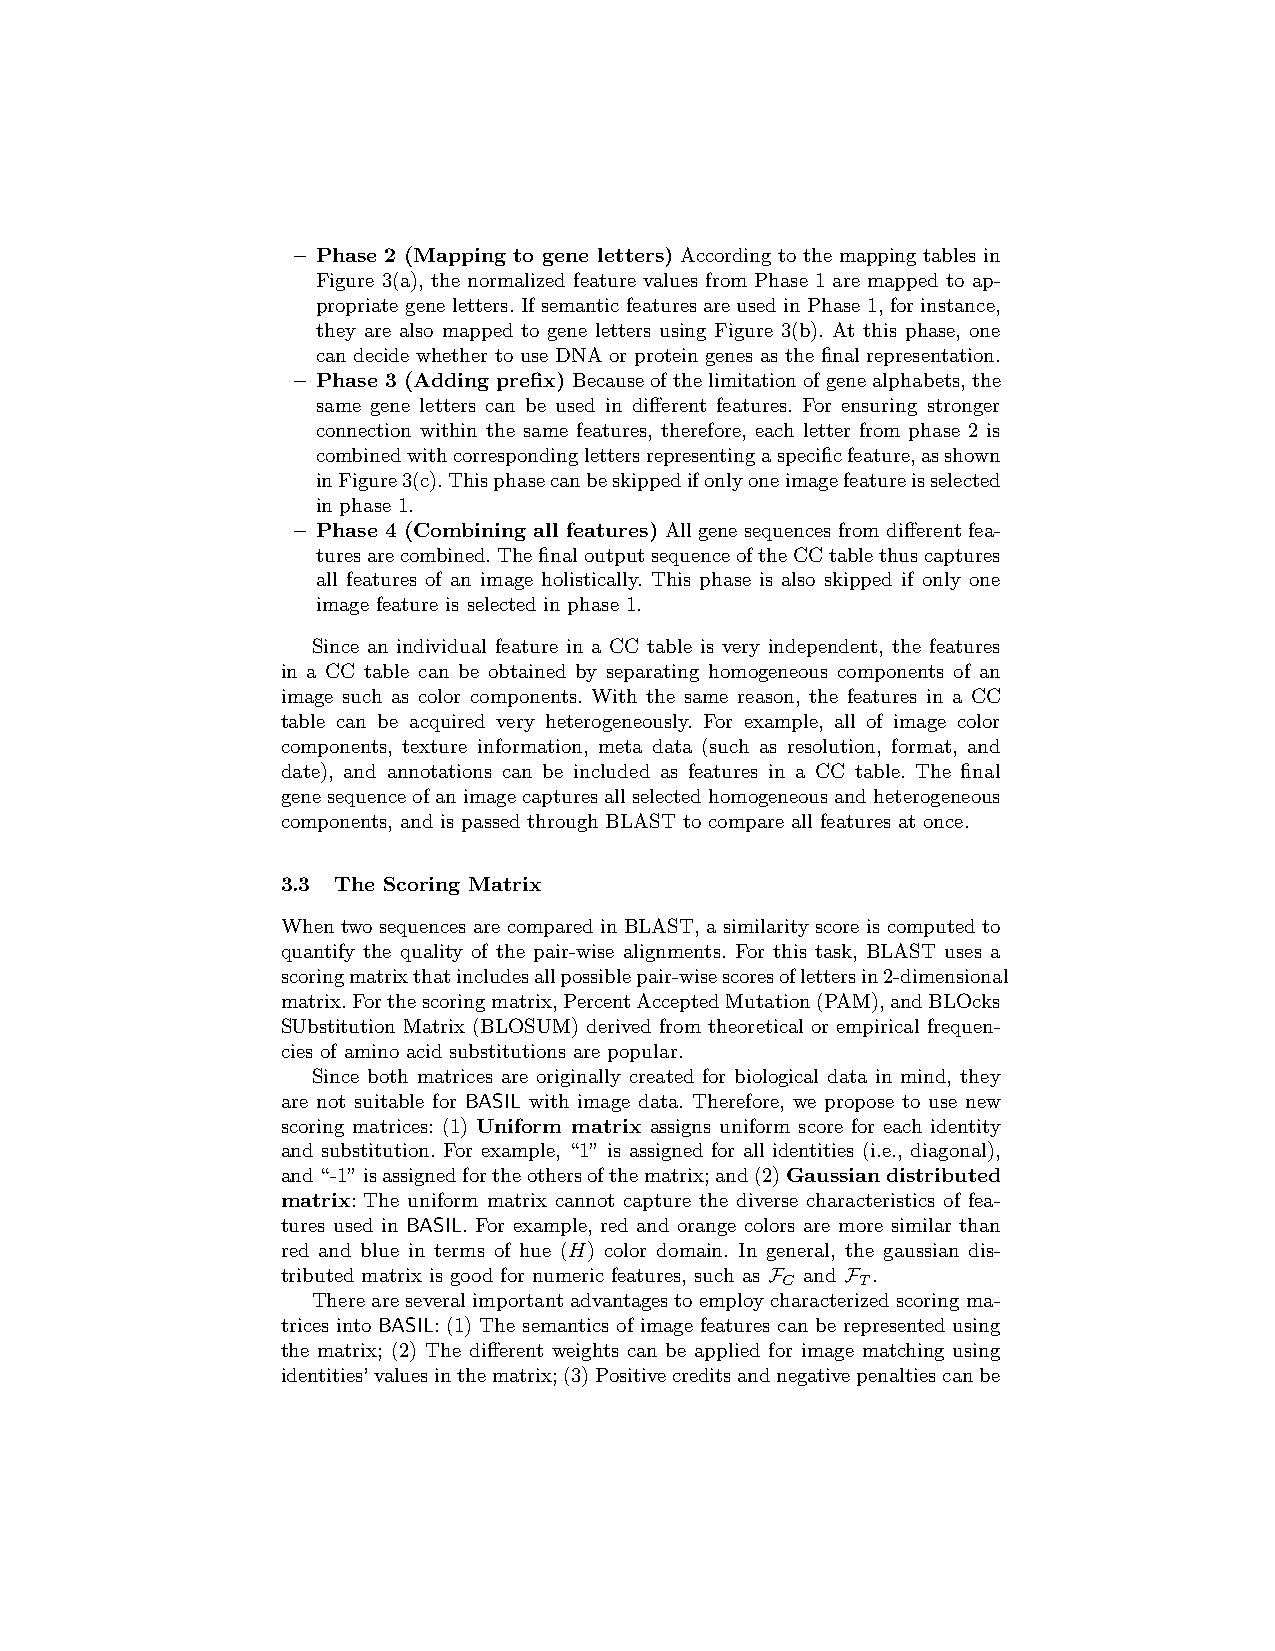
– Phase 2 (Mapping to gene letters) According to the mapping tables in
 Figure 3(a), the normalized feature values from Phase 1 are mapped to ap-
 propriate gene letters. If semantic features are used in Phase 1, for instance,
 they are also mapped to gene letters using Figure 3(b). At this phase, one
 can decide whether to use DNA or protein genes as the final representation.
 – Phase 3 (Adding prefix)Becauseofthelimitationofgenealphabets,the
 same gene letters can be used in different features. For ensuring stronger
 connection within the same features, therefore, each letter from phase 2 is
 combinedwithcorrespondinglettersrepresentingaspecificfeature,asshown
 inFigure3(c).Thisphasecanbeskippedifonlyoneimagefeatureisselected
 in phase 1.
 – Phase 4 (Combining all features) All gene sequences from different fea-
 turesarecombined.ThefinaloutputsequenceoftheCCtablethuscaptures
 all features of an image holistically. This phase is also skipped if only one
 image feature is selected in phase 1.
 Since an individual feature in a CC table is very independent, the features
 in a CC table can be obtained by separating homogeneous components of an
 image such as color components. With the same reason, the features in a CC
 table can be acquired very heterogeneously. For example, all of image color
 components, texture information, meta data (such as resolution, format, and
 date), and annotations can be included as features in a CC table. The final
 genesequenceofanimagecapturesallselectedhomogeneousandheterogeneous
 components, and is passed through BLAST to compare all features at once.
 3.3 The Scoring Matrix
 When two sequences are compared in BLAST, a similarity score is computed to
 quantify the quality of the pair-wise alignments. For this task, BLAST uses a
 scoringmatrixthatincludesallpossiblepair-wisescoresoflettersin2-dimensional
 matrix.Forthescoringmatrix,PercentAcceptedMutation(PAM),andBLOcks
 SUbstitution Matrix (BLOSUM) derived from theoretical or empirical frequen-
 cies of amino acid substitutions are popular.
 Since both matrices are originally created for biological data in mind, they
 are not suitable for BASIL with image data. Therefore, we propose to use new
 scoring matrices: (1) Uniform matrix assigns uniform score for each identity
 and substitution. For example, “1” is assigned for all identities (i.e., diagonal),
 and“-1”isassignedfortheothersofthematrix;and(2)Gaussiandistributed
 matrix: The uniform matrix cannot capture the diverse characteristics of fea-
 tures used in BASIL. For example, red and orange colors are more similar than
 red and blue in terms of hue (H) color domain. In general, the gaussian dis-
 tributed matrix is good for numeric features, such as F and F .
 C    T
 Thereareseveralimportantadvantagestoemploycharacterizedscoringma-
 trices into BASIL: (1) The semantics of image features can be represented using
 the matrix; (2) The different weights can be applied for image matching using
 identities’valuesinthematrix;(3)Positivecreditsandnegativepenaltiescanbe